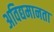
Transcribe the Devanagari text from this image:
अविद्यमानता